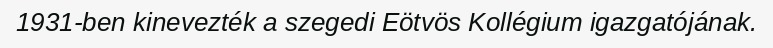
1931-ben kinevezték a szegedi Eötvös Kollégium igazgatójának.